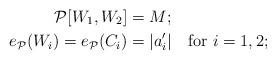
LaTeX: \begin{align*} \mathcal{P}[W_1,W_2] &= M;\\ e_{\mathcal{P}}(W_i) = e_{\mathcal{P}}(C_i) &= |a_i'|\ \ \mbox{ for }i=1,2;\end{align*}